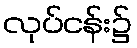
လုပ်ငန်း၌